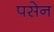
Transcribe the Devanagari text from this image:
पसेन